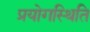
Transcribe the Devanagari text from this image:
प्रयोगस्थिति